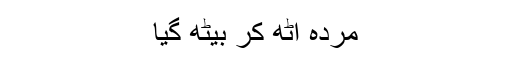
مردہ اُٹھ کر بیٹھ گیا